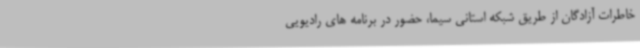
خاطرات آزادگان از طریق شبکه استانی سیما، حضور در برنامه های رادیویی